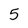
Character: 5